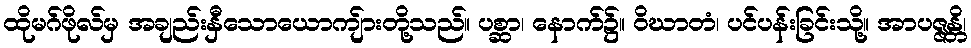
ထိုမဂ်ဖိုလ်မှ အချည်းနှီသောယောကျ်ားတို့သည်။ ပစ္ဆာ၊ နောက်၌။ ဝိဃာတံ၊ ပင်ပန်းခြင်းသို့။ အာပဇ္ဇန္တိ၊